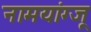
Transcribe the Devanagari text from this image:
नामयांग्जू